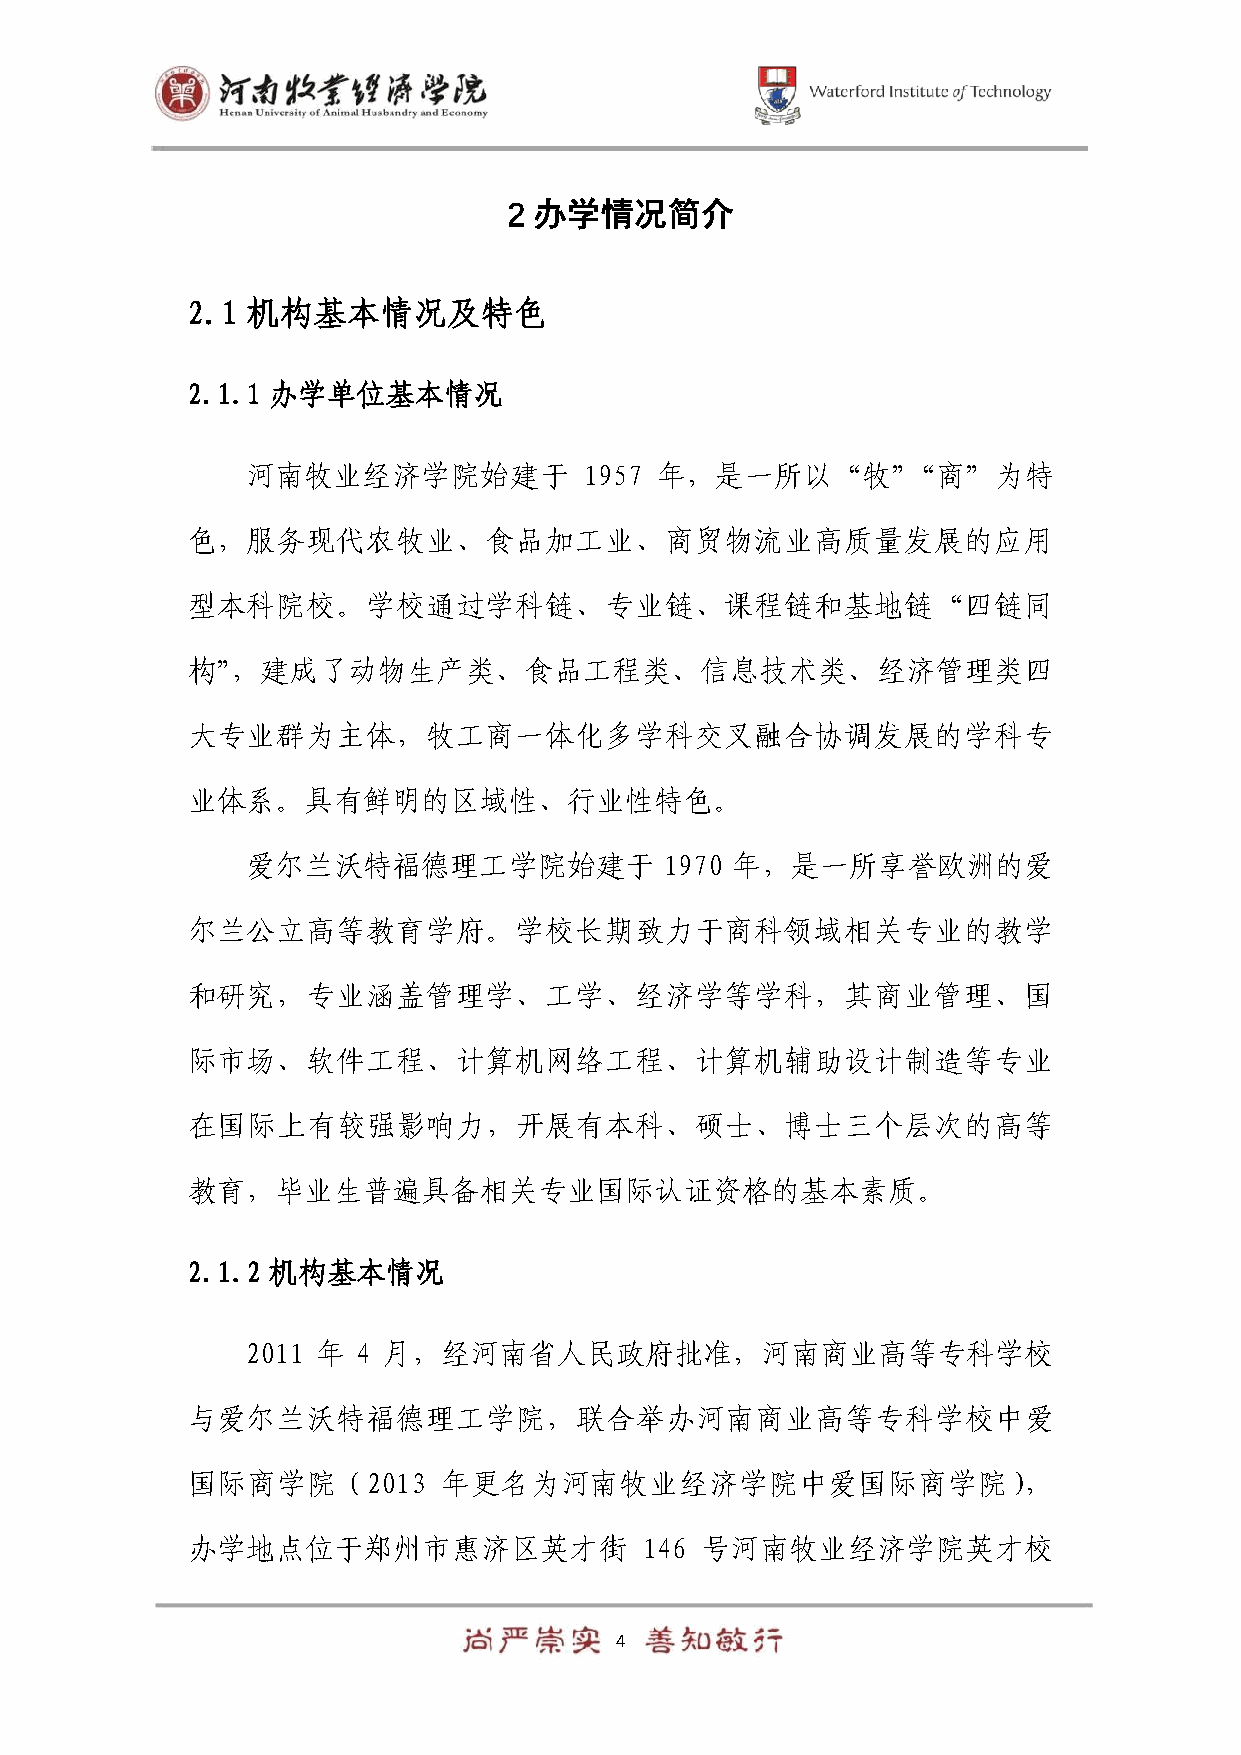
2 办学情况简介
 2.1 机构基本情况及特色
 2.1.1 办学单位基本情况
 河南牧业经济学院始建于            1957 年，是一所以“牧”“商”为特
 色，服务现代农牧业、食品加工业、商贸物流业高质量发展的应用
 型本科院校。学校通过学科链、专业链、课程链和基地链“四链同
 构”，建成了动物生产类、食品工程类、信息技术类、经济管理类四
 大专业群为主体，牧工商一体化多学科交叉融合协调发展的学科专
 业体系。具有鲜明的区域性、行业性特色。
 爱尔兰沃特福德理工学院始建于              1970 年，是一所享誉欧洲的爱
 尔兰公立高等教育学府。学校长期致力于商科领域相关专业的教学
 和研究，专业涵盖管理学、工学、经济学等学科，其商业管理、国
 际市场、软件工程、计算机网络工程、计算机辅助设计制造等专业
 在国际上有较强影响力，开展有本科、硕士、博士三个层次的高等
 教育，毕业生普遍具备相关专业国际认证资格的基本素质。
 2.1.2 机构基本情况
 2011 年  4 月，经河南省人民政府批准，河南商业高等专科学校
 与爱尔兰沃特福德理工学院，联合举办河南商业高等专科学校中爱
 国际商学院（2013       年更名为河南牧业经济学院中爱国际商学院），
 办学地点位于郑州市惠济区英才街                146 号河南牧业经济学院英才校
 4